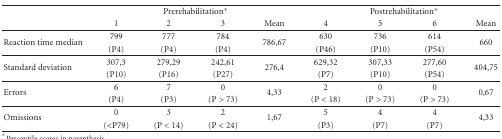
<table><thead><tr><td><b> </b></td><td colspan="4"><b>Prerehabilitation*</b></td><td colspan="4"><b>Postrehabilitation*</b></td></tr><tr><td><b> </b></td><td><b>1</b></td><td><b>2</b></td><td><b>3</b></td><td><b>Mean</b></td><td><b>4</b></td><td><b>5</b></td><td><b>6</b></td><td><b>Mean</b></td></tr></thead><tbody><tr><td rowspan="2">Reaction time median</td><td>799 </td><td>777</td><td>784 </td><td rowspan="2">786,67</td><td>630</td><td>736</td><td>614</td><td rowspan="2">660</td></tr><tr><td>(P4)</td><td>(P4)</td><td>(P4)</td><td>(P46)</td><td>(P10)</td><td>(P54)</td></tr><tr><td rowspan="2">Standard deviation</td><td>307,3 </td><td>279,29</td><td>242,61</td><td rowspan="2">276,4</td><td>629,32 </td><td>307,33 </td><td>277,60 </td><td rowspan="2">404,75</td></tr><tr><td>(P10)</td><td>(P16)</td><td>(P27)</td><td>(P7)</td><td>(P10)</td><td>(P54)</td></tr><tr><td rowspan="2">Errors</td><td>6 </td><td>7</td><td>0</td><td rowspan="2">4,33</td><td>2 </td><td>0 </td><td>0 </td><td rowspan="2">0,67</td></tr><tr><td>(P4)</td><td>(P3)</td><td>(P &gt; 73)</td><td>(P &lt; 18)</td><td>(P &gt; 73)</td><td>(P &gt; 73)</td></tr><tr><td rowspan="2">Omissions</td><td>0 </td><td>3</td><td>2 </td><td rowspan="2">1,67</td><td>5 </td><td>4 </td><td>4 </td><td rowspan="2">4,33</td></tr><tr><td>(&lt;P79)</td><td>(P &lt; 14)</td><td>(P &lt; 24)</td><td>(P3)</td><td>(P7)</td><td>(P7)</td></tr></tbody></table>